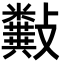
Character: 𣀰